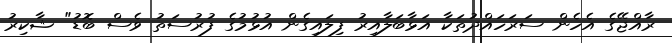
ރާއްޖޭގެ އެހެން ސަރަހައްދުތަކާ އަޅާބަލާއިރު ފިލައިގެން އުޅުމުގެ ފުރުސަތު ވެސް ބޮޑު" ޝާކިރު